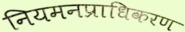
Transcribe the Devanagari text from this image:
नियमनप्राधिकरण